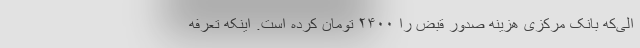
الی‌که بانک مرکزی هزینه صدور قبض را ۲۴۰۰ تومان کرده است. اینکه تعرفه